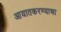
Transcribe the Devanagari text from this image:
आयातकरण्याचा